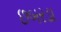
છબરડા